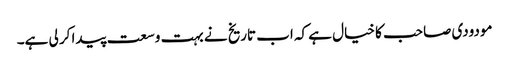
مودودی صاحب کا خیال ہے کہ اب تاریخ نے بہت وسعت پیدا کر لی ہے۔